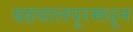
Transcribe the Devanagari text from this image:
बहवालपूरमधून